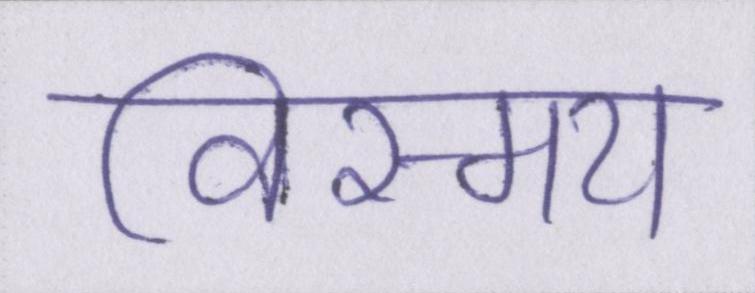
विस्मय